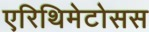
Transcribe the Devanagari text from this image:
एरिथिमेटोसस